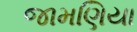
જામણિયા